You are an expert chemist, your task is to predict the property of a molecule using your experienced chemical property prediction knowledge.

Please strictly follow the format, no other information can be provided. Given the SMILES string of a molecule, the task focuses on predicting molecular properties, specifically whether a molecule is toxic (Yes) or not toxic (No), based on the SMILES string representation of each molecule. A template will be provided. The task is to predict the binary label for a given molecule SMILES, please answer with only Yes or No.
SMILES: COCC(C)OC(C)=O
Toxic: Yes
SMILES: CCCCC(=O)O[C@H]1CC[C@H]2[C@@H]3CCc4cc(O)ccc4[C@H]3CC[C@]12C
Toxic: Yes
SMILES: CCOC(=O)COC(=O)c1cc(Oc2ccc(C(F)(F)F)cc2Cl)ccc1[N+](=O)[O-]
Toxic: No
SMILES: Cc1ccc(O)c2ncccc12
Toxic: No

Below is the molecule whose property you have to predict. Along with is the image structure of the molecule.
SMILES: COc1c(C)c2c(c(O)c1C/C=C(\C)CCC(=O)OCCN1CCOCC1)C(=O)OC2
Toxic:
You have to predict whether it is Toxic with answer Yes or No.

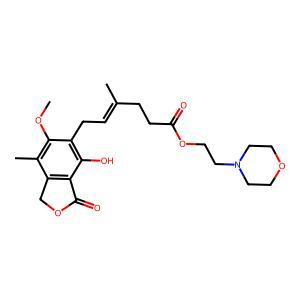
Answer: No